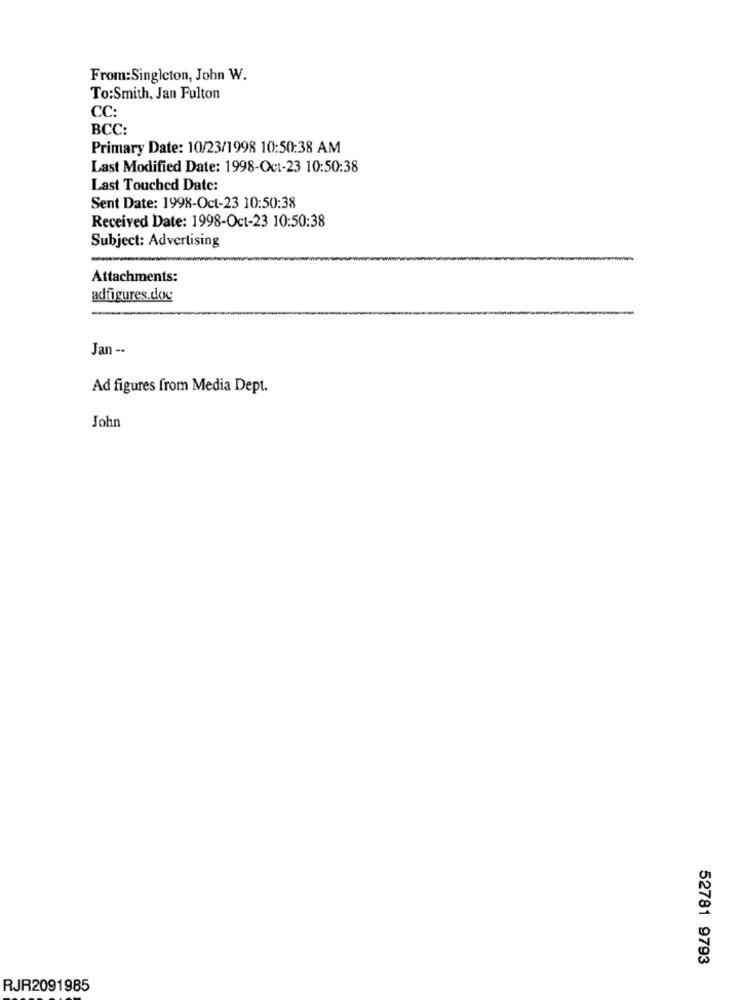
From:Singleton, John W.
To:Smith, Jan Fulton
CC:
BCC:
Primary Date: 10/23/1998 10:50:38 AM
Last Modified Date: 1998-Oct-23 10:50:38
Last Touched Date:
Sent Date: 1998-Oct-23 10:50:38
Received Date: 1998-Oct-23 10:50:38
Subject: Advertising
Attachments:
adfigures.doy
Jan --
Ad figures from Media Dept.
John
52781 9793
RJR2091985